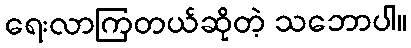
ရေးလာကြတယ်ဆိုတဲ့ သဘောပါ။